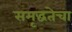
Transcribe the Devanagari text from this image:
समृद्धतेचा